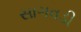
સાગવડી